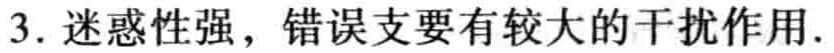
3. 迷惑性强，错误支要有较大的干扰作用.